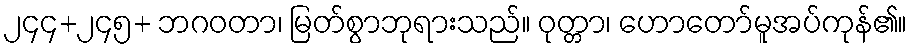
၂၄၄+၂၄၅+ ဘဂဝတာ၊ မြတ်စွာဘုရားသည်။ ဝုတ္တာ၊ ဟောတော်မူအပ်ကုန်၏။